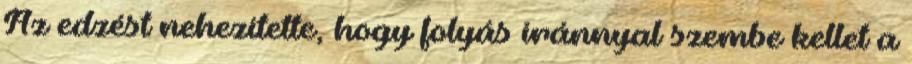
Az edzést nehezítette, hogy folyás iránnyal szembe kellet a